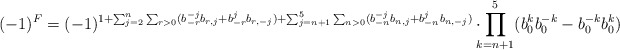
\begin{align*}(-1)^F = (-1)^{1 + \sum_{j=2}^{n} \sum_{r>0} (b^{-j}_{-r}b_{r,j} +b^{j}_{-r}b_{r,-j}) + \sum_{j=n+1}^{5} \sum_{n>0} (b^{-j}_{-n}b_{n,j}+ b^{j}_{-n}b_{n,-j})} \cdot \!\!\! \prod_{k=n+1}^{5}(b_{0}^{k}b_{0}^{-k} - b_{0}^{-k}b_{0}^{k} )\end{align*}